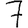
Digit: 7